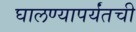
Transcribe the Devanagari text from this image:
घालण्यापर्यंतची